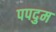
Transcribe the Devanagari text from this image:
पपदुम